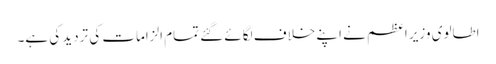
اطالوی وزیر اعظم نے اپنے خلاف لگائے گئے تمام الزامات کی تردید کی ہے۔